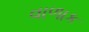
વાળાક